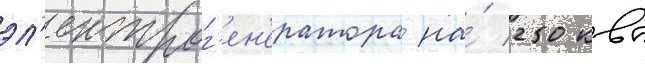
эл'ектрог'ен'ератора на́ 250 квт